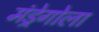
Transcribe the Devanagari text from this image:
मंड्रेगोला